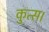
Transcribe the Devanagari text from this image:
कुत्स।